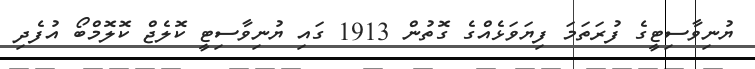
ޔުނިވާސިޓީގެ ފުރަތަމަ ފިޔަވަޅެއްގެ ގޮތުން 1913 ގައި ޔުނިވާސިޓީ ކޮލެޖް ކޮލޮމްބޯ އުފެދި